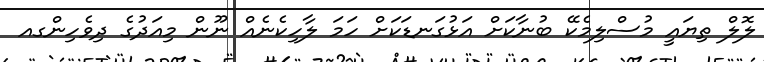
ލޮލް ތިޔައީ މުސްލިމެކޭ ބުނާކަށް އަޅުގަނޑަކަށް ހަމަ ލާހިކެނެއް ނޫން މިއަދުގެ ދިވެހިންގއ